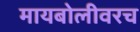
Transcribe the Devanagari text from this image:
मायबोलीवरच